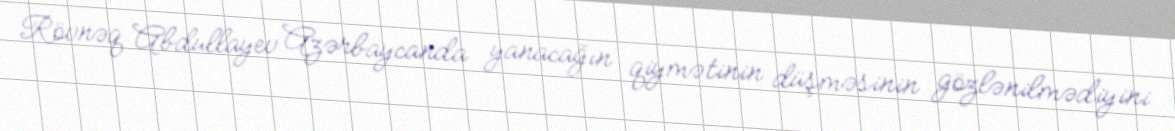
Rövnəq Abdullayev Azərbaycanda yanacağın qiymətinin düşməsinin gözlənilmədiyini